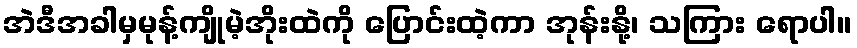
အဲဒီအခါမှမုန့်ကျိုမဲ့အိုးထဲကို ပြောင်းထဲ့ကာ အုန်းနို့၊ သကြား ရောပါ။